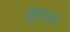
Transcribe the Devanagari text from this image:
पैट्रियाट्स